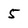
Character: 5